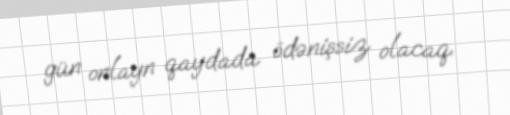
gün onlayn qaydada ödənişsiz olacaq.